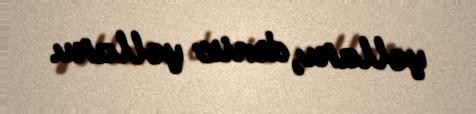
yolları, dəniz yolları.